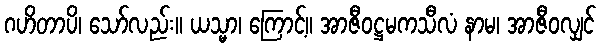
ဂဟိတာပိ၊ သော်လည်း။ ယသ္မာ၊ ကြောင့်။ အာဇီဝဋ္ဌမကသီလံ နာမ၊ အာဇီဝလျှင်